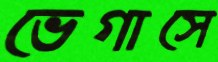
ভেগাসে